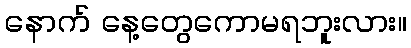
နောက် နေ့တွေကောမရဘူးလား။